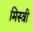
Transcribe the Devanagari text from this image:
मिस्‍त्री